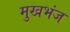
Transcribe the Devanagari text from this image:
मुखभंज